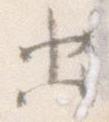
出